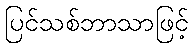
ပြင်သစ်ဘာသာဖြင့်